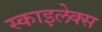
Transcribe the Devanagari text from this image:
स्काइलेक्स